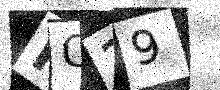
Text: IQ29